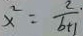
x ^ { 2 } = \frac { 2 } { b + 1 } .